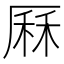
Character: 厤